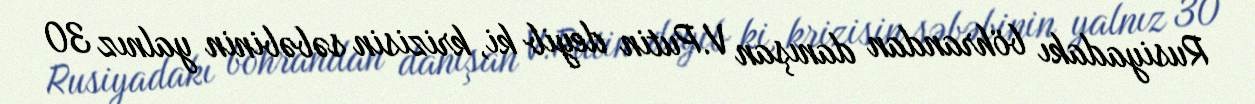
Rusiyadakı böhrandan danışan V.Putin deyib ki, krizisin səbəbinin yalnız 30